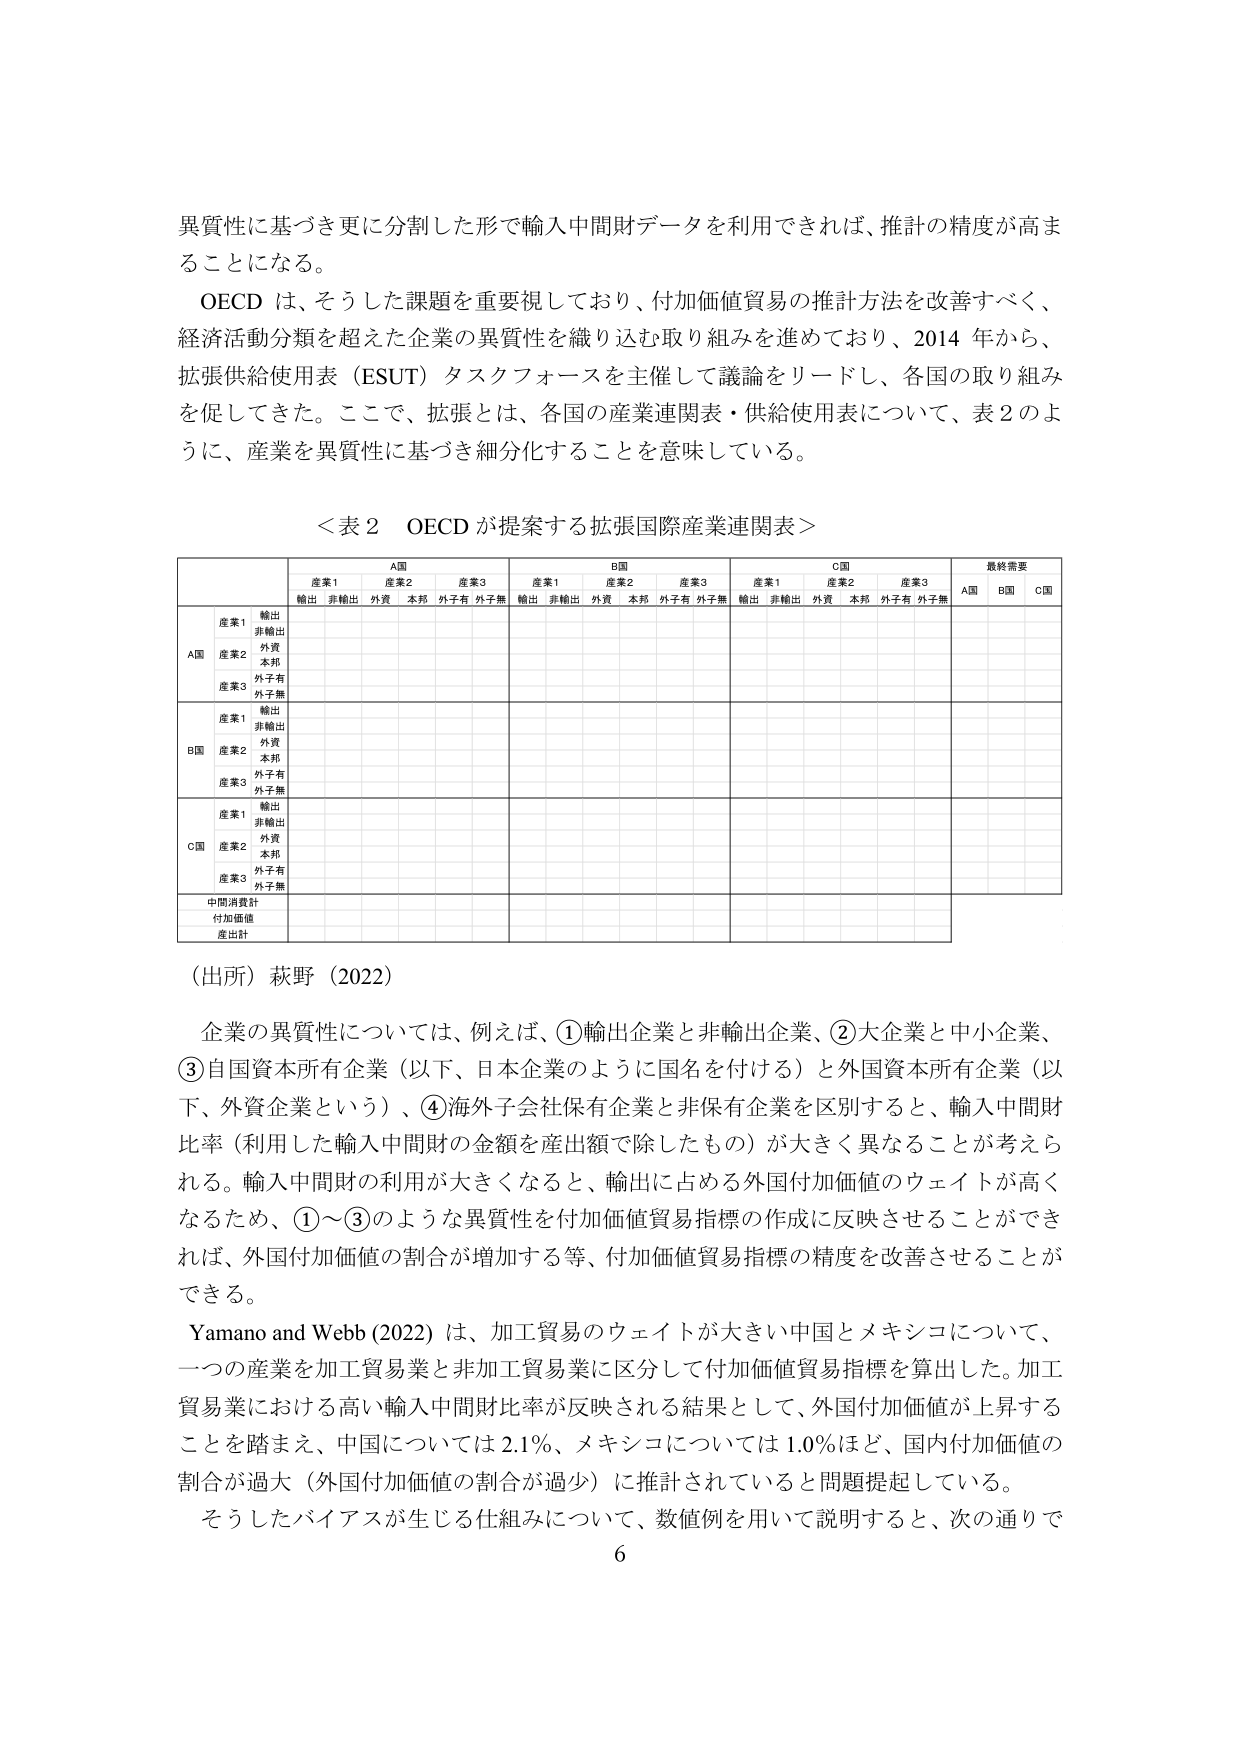
異質性に基づき更に分割した形で輸入中間財データを利用できれば、推計の精度が高まることになる。

OECD は、そうした課題を重要視しており、付加価値貿易の推計方法を改善すべく、経済活動分類を超えた企業の異質性を織り込む取り組みを進めており、2014 年から、拡張供給使用表（ESUT）タスクフォースを主催して議論をリードし、各国の取り組みを促してきた。ここで、拡張とは、各国の産業連関表・供給使用表について、表 2 のように、産業を異質性に基づき細分化することを意味している。

＜表 2 OECD が提案する拡張国際産業連関表＞

| | A国 | B国 | C国 | 最終需要 |
|---|---|---|---|---|
| | 産業1 | 産業2 | 産業3 | 産業1 | 産業2 | 産業3 | 産業1 | 産業2 | 産業3 | A国 | B国 | C国 |
| | 輸出 | 非輸出 | 外資 | 本邦 | 外子有 | 外子無 | 輸出 | 非輸出 | 外資 | 本邦 | 外子有 | 外子無 | 輸出 | 非輸出 | 外資 | 本邦 | 外子有 | 外子無 | | | |
| A国 | 産業1 | 輸出 | | | | | | | | | | | | | | | | | | | | |
| | 産業2 | 非輸出 | | | | | | | | | | | | | | | | | | | | |
| | 産業3 | 外資 | | | | | | | | | | | | | | | | | | | | |
| | | 本邦 | | | | | | | | | | | | | | | | | | | | |
| | | 外子有 | | | | | | | | | | | | | | | | | | | | |
| | | 外子無 | | | | | | | | | | | | | | | | | | | | |
| B国 | 産業1 | 輸出 | | | | | | | | | | | | | | | | | | | | |
| | 産業2 | 非輸出 | | | | | | | | | | | | | | | | | | | | |
| | 産業3 | 外資 | | | | | | | | | | | | | | | | | | | | |
| | | 本邦 | | | | | | | | | | | | | | | | | | | | |
| | | 外子有 | | | | | | | | | | | | | | | | | | | | |
| | | 外子無 | | | | | | | | | | | | | | | | | | | | |
| C国 | 産業1 | 輸出 | | | | | | | | | | | | | | | | | | | | |
| | 産業2 | 非輸出 | | | | | | | | | | | | | | | | | | | | |
| | 産業3 | 外資 | | | | | | | | | | | | | | | | | | | | |
| | | 本邦 | | | | | | | | | | | | | | | | | | | | |
| | | 外子有 | | | | | | | | | | | | | | | | | | | | |
| | | 外子無 | | | | | | | | | | | | | | | | | | | | |
| | 中間消費計 | | | | | | | | | | | | | | | | | | | | |
| | 付加価値 | | | | | | | | | | | | | | | | | | | | |
| | 産出計 | | | | | | | | | | | | | | | | | | | | |

（出所）萩野（2022）

企業の異質性については、例えば、①輸出企業と非輸出企業、②大企業と中小企業、③自国資本所有企業（以下、日本企業のように国名を付ける）と外国資本所有企業（以下、外資企業という）、④海外子会社保有企業と非保有企業を区別すると、輸入中間財比率（利用した輸入中間財の金額を産出額で除したもの）が大きく異なることが考えられる。輸入中間財の利用が大きくなると、輸出に占める外国付加価値のウェイトが高くなるため、①～③のような異質性を付加価値貿易指標の作成に反映させることができれば、外国付加価値の割合が増加する等、付加価値貿易指標の精度を改善させることができる。

Yamano and Webb (2022) は、加工貿易のウェイトが大きい中国とメキシコについて、一つの産業を加工貿易業と非加工貿易業に区分して付加価値貿易指標を算出した。加工貿易業における高い輸入中間財比率が反映される結果として、外国付加価値が上昇することを踏まえ、中国については 2.1%、メキシコについては 1.0% ほど、国内付加価値の割合が過大（外国付加価値の割合が過少）に推計されていると問題提起している。

そうしたバイアスが生じる仕組みについて、数値例を用いて説明すると、次の通りで

6